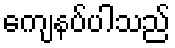
ကျေနပ်ပါသည်